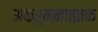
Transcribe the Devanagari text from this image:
अक्र्मनात्तक